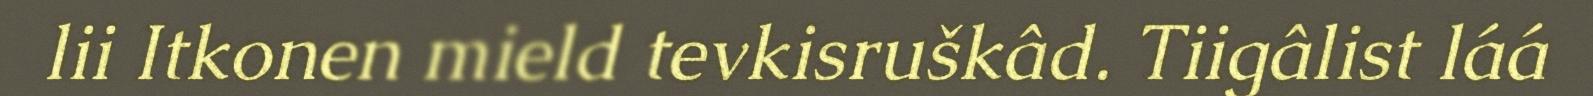
lii Itkonen mield tevkisruškâd. Tiigâlist láá